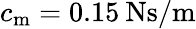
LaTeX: c_{\mathrm{m}}=0.15\: \mathrm{Ns/m}